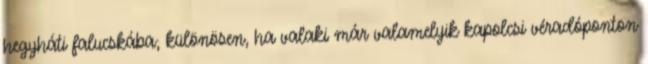
hegyháti falucskába; különösen, ha valaki már valamelyik kapolcsi véradóponton